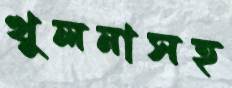
খুলনাসহ